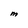
Character: M